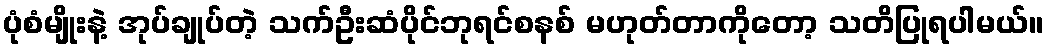
ပုံစံမျိုးနဲ့ အုပ်ချုပ်တဲ့ သက်ဦးဆံပိုင်ဘုရင်စနစ် မဟုတ်တာကိုတော့ သတိပြုရပါမယ်။